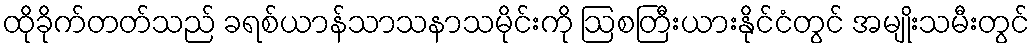
ထိုခိုက်တတ်သည် ခရစ်ယာန်သာသနာသမိုင်းကို ဩစတြီးယားနိုင်ငံတွင် အမျိုးသမီးတွင်